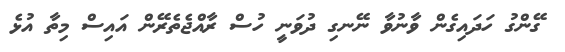
ގޭންގު ހަދައިގެން ވާނުވާ ނޭނގި ދުވަނީ ހުސް ރާއްޖެތެރޭން އައިސް މިތާ އުޅެ